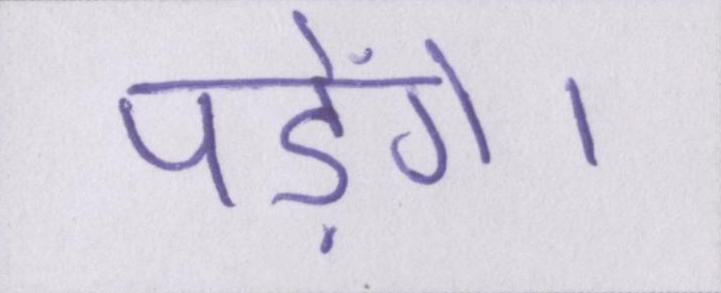
पड़ेंगे।